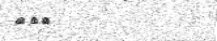
١٤١